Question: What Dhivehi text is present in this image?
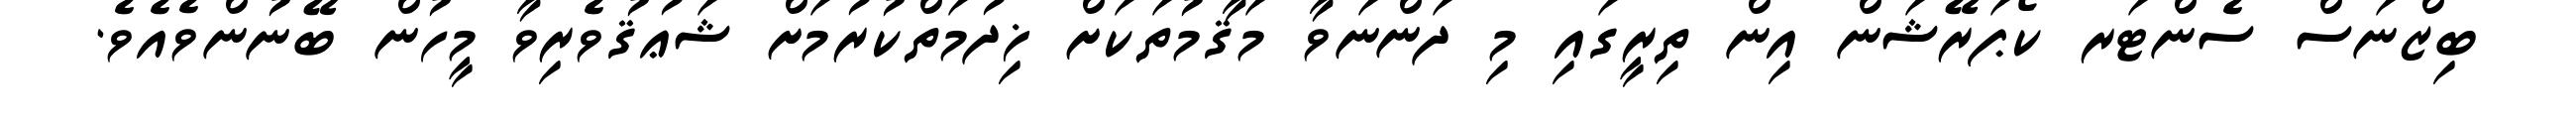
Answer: ބިޒްނަސް ސެންޓަރ ކޯޕަރޭޝަން އިން ތިރީގައި މި ދަންނަވާ މަޤާމުތަކަށް ޚިދުމަތްކުރުމަށް ޝަޢުޤުވެރިވާ މީހުން ބޭނުންވެއެވެ.